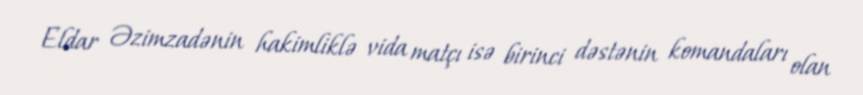
Eldar Əzimzadənin hakimliklə vida matçı isə birinci dəstənin komandaları olan